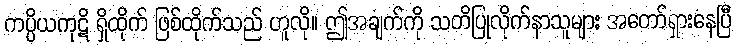
ကပ္ပိယကုဋိ ရှိထိုက် ဖြစ်ထိုက်သည် ဟူလို။ ဤအချက်ကို သတိပြုလိုက်နာသူများ အတော်ရှားနေပြီ